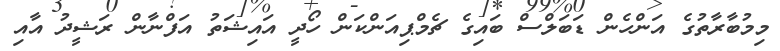
މިމުބާރާތުގެ އަންހެން ޑަބަލްސް ބައިގެ ޗެމްޕިއަންކަން ހޯދީ އައިޝަތު އަފްނާން ރަޝީދު އާއި